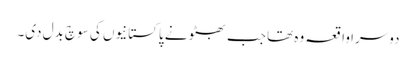
دوسرا واقعہ وہ تھا جب بھٹو نے پاکستانیوں کی سوچ بدل دی۔